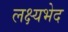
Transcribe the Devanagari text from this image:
लक्ष्यभेद